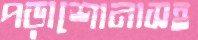
পড়াশোনাসহ